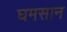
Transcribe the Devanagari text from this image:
घमसान